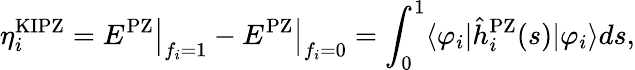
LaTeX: \eta_{i}^{\mathrm{KIPZ}}=\left.E^{\mathrm{PZ}}\right|_{f_{i}=1}-\left.E^{\mathrm{PZ}}\right|_{f_{i}=0}=\int_{0}^{1}\langle\varphi_{i}\vert\hat{h}_{i}^{\mathrm{PZ}}(s)\vert\varphi_{i}\rangle ds,